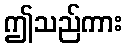
ဤသည်ကား